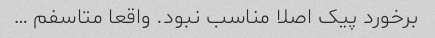
برخورد پیک اصلا مناسب نبود. واقعا متاسفم …